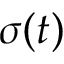
\sigma ( t )